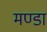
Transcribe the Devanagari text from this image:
मण्डा